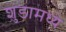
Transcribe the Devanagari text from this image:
शुंडामध्ये